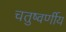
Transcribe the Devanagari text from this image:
चतुष्वर्णीय